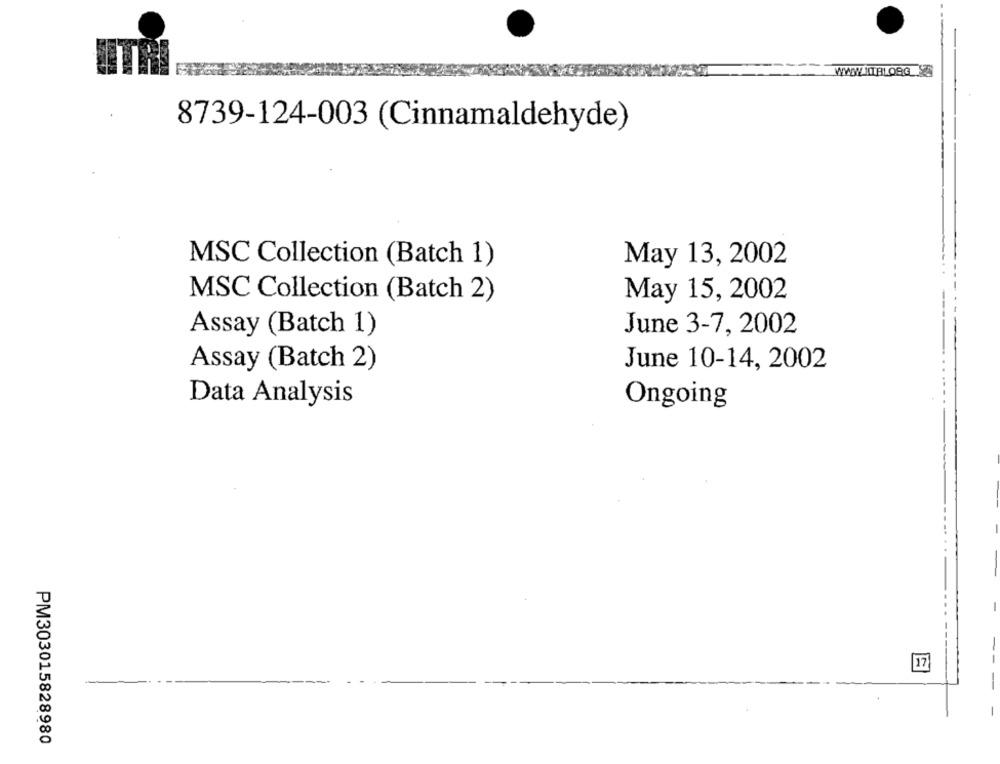
WWW.ITBLOGG
8739-124-003 (Cinnamaldehyde)
MSC Collection (Batch 1)
May 13, 2002
MSC Collection (Batch 2)
May 15, 2002
Assay (Batch 1)
June 3-7, 2002
June 10-14, 2002
Assay (Batch 2)
Data Analysis
Ongoing
-
-- -
PM303015828980